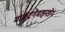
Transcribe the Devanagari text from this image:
मार्कटगेमाइनडेन